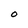
Character: O